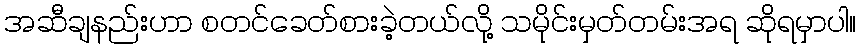
အဆီချနည်းဟာ စတင်ခေတ်စားခဲ့တယ်လို့ သမိုင်းမှတ်တမ်းအရ ဆိုရမှာပါ။